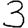
Digit: 3